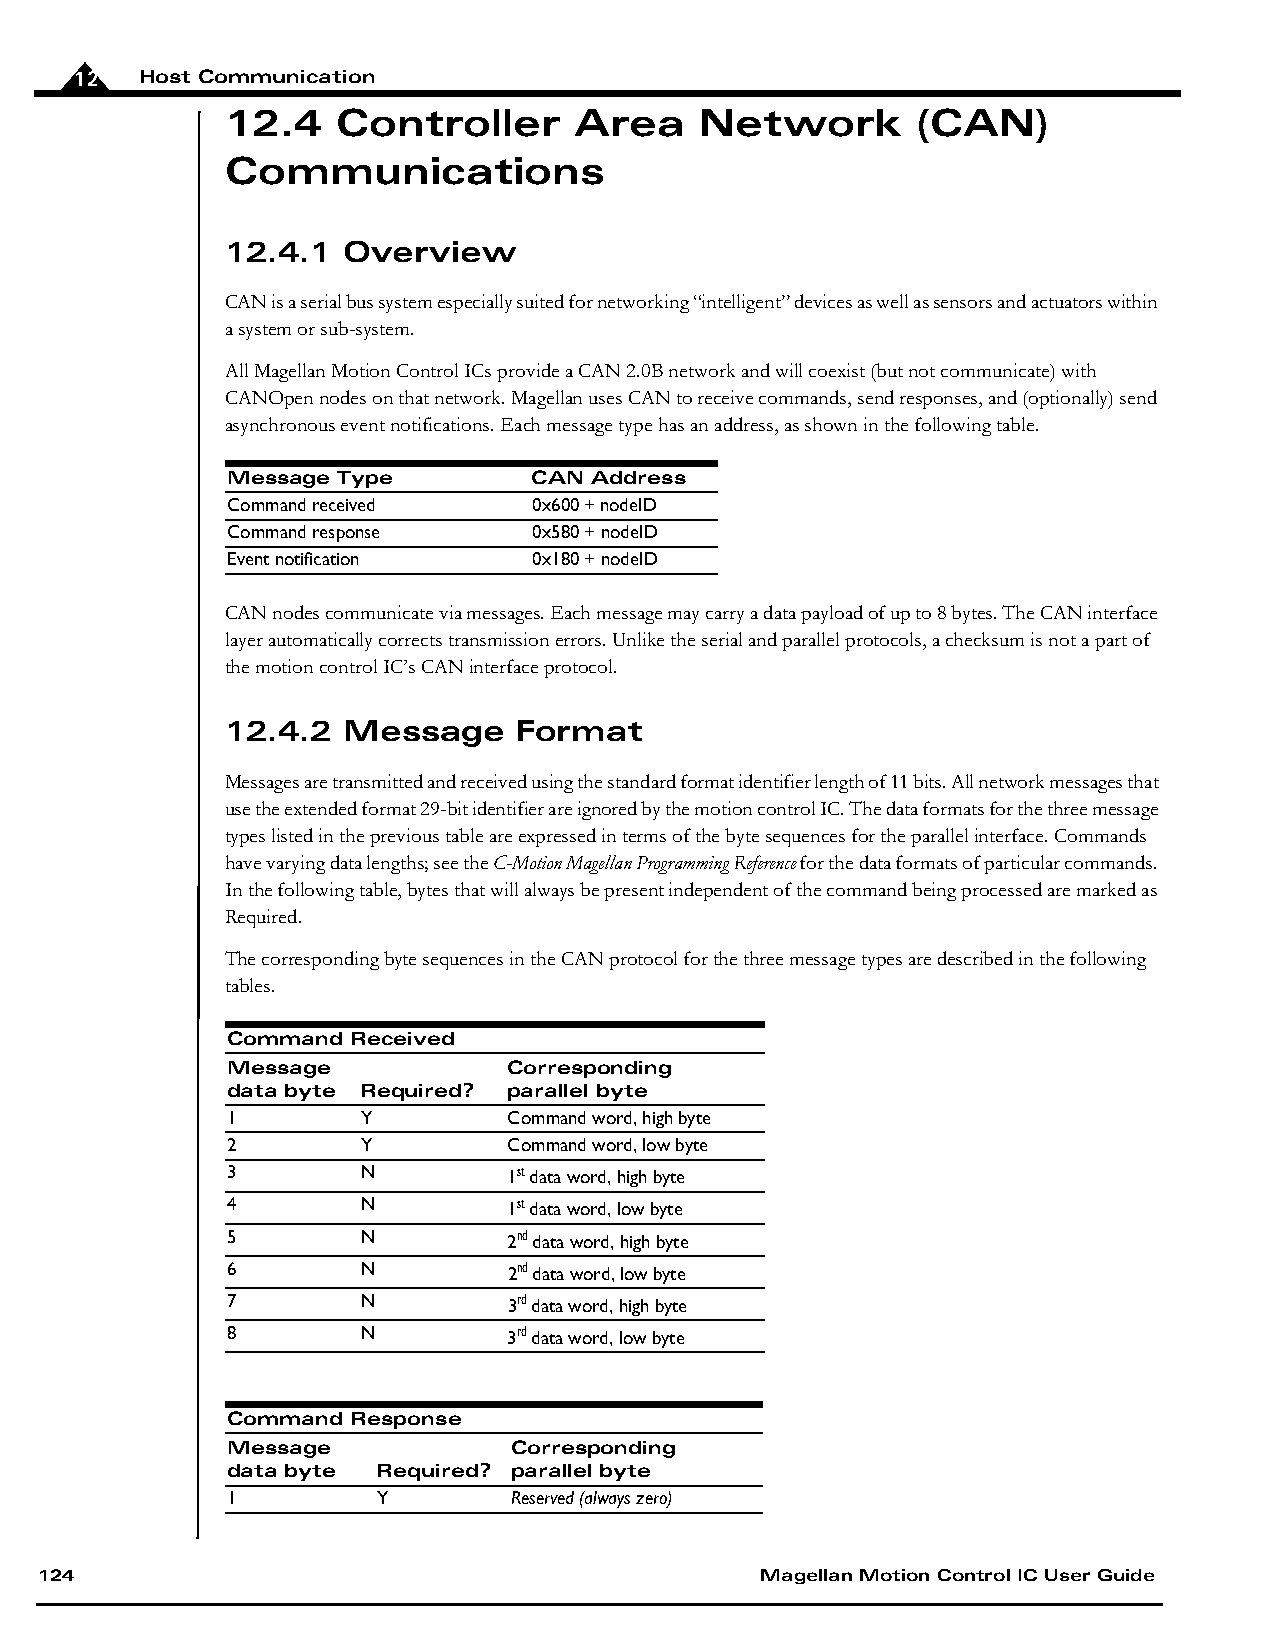
12  Host Communication
 12.4   Controller      Area    Network        (CAN)
 Communications
 12.4.1  Overview
 CAN is a serial bus system especially suited for networking “intelligent” devices as well as sensors and actuators within
 a system or sub-system.
 All Magellan Motion Control ICs provide a CAN 2.0B network and will coexist (but not communicate) with
 CANOpen nodes on that network. Magellan uses CAN to receive commands, send responses, and (optionally) send
 asynchronous event notifications. Each message type has an address, as shown in the following table.
 Message Type        CAN Address
 Command received    0x600 + nodeID
 Command response    0x580 + nodeID
 Event notification  0x180 + nodeID
 CAN nodes communicate via messages. Each message may carry a data payload of up to 8 bytes. The CAN interface
 layer automatically corrects transmission errors. Unlike the serial and parallel protocols, a checksum is not a part of
 the motion control IC’s CAN interface protocol.
 12.4.2  Message    Format
 Messages are transmitted and received using the standard format identifier length of 11 bits. All network messages that
 use the extended format 29-bit identifier are ignored by the motion control IC. The data formats for the three message
 types listed in the previous table are expressed in terms of the byte sequences for the parallel interface. Commands
 have varying data lengths; see the C-Motion Magellan Programming Reference for the data formats of particular commands.
 In the following table, bytes that will always be present independent of the command being processed are marked as
 Required.
 The corresponding byte sequences in the CAN protocol for the three message types are described in the following
 tables.
 Command Received
 Message            Corresponding
 data byte Required? parallel byte
 1        Y         Command word, high byte
 2        Y         Command word, low byte
 3        N         1st data word, high byte
 4        N         1st data word, low byte
 5        N         2nd data word, high byte
 6        N         2nd data word, low byte
 7        N         3rd data word, high byte
 8        N         3rd data word, low byte
 Command Response
 Message            Corresponding
 data byte Required? parallel byte
 1         Y        Reserved (always zero)
 124                                             Magellan Motion Control IC User Guide